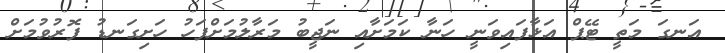
އަނގަ މަތީ ޓޭޕް އަޅާފައިވަނީ ހަނާ ކަމަށާއި ނަޖީބު މަރާލުމަށްފަހު ހަށިގަނޑު ފޮރުވުމަށް